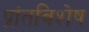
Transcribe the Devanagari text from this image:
प्रांतविशेष